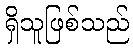
ရှိသူဖြစ်သည်